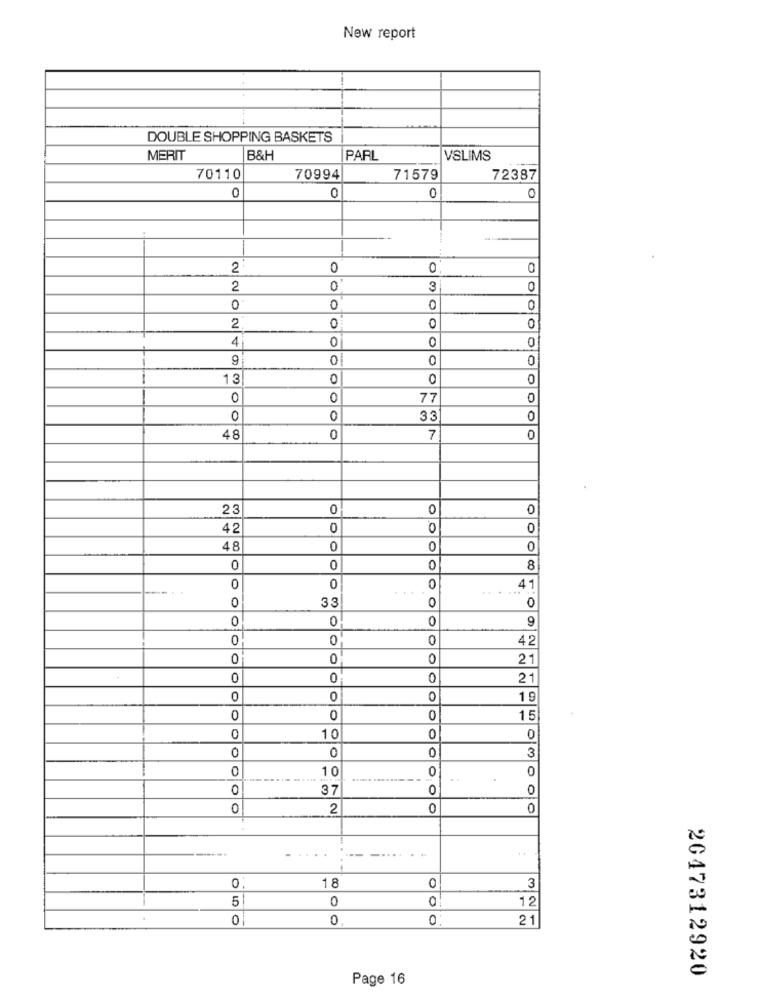
New report
DOUBLE SHOPPING BASKETS
MERIT
B&H
PARL
VSLIMS
70110
70994
71579
72387
0
0
0
0
2
0
0
0
2
0
3
0
0
0
0
0
2
0
0
4
0
0
0
9
0
13
0
0
0
0
0
77
0
0
0
33
0
4 8
0
7
0
23
0
0
0
42
0
0
0
48
0
0
0
0
0
0
8
0
0
0
41
0
0
O
0
0
9
0
0
42
O
0
0
21
0
0
0
1 9
0
0
0
15
0
10
0
0
0
3
0
0
10
0
0
0
37
0
0
0
2
0
0
----
..
18
3
0
5
0
12
00
0
0
0
21
2047312920
Page 16